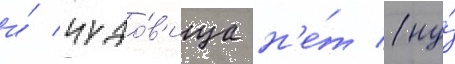
и́ чудо́в'ища н'е́т (ну́